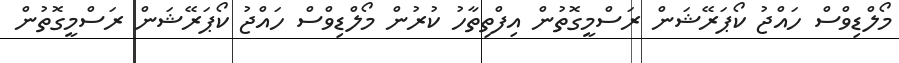
މޯލްޑިވްސް ހައްޖު ކޯޕަރޭޝަން ރަސްމީގޮތުން އިފްތިތާހު ކުރުން މޯލްޑިވްސް ހައްޖު ކޯޕަރޭޝަން ރަސްމީގޮތުން